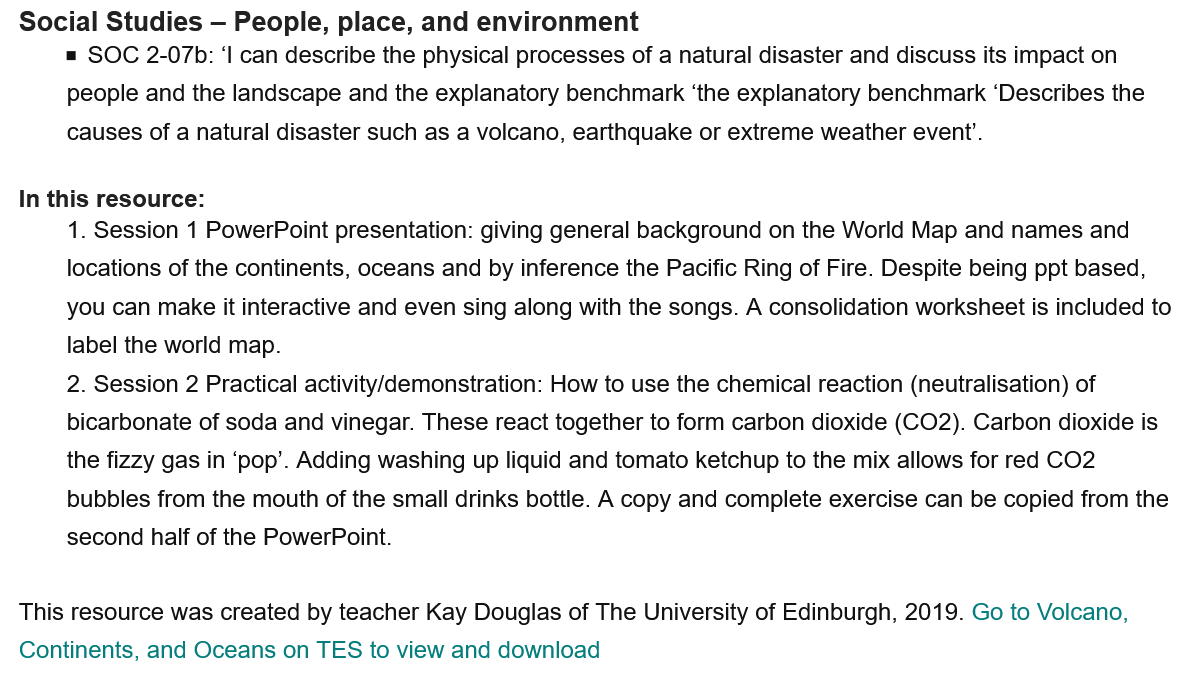
2. Session 2 Practical activity/demonstration: How to use the chemical reaction (neutralisation) of
     bicarbonate of soda and vinegar. These react together to form carbon dioxide (CO2). Carbon dioxide is
     the fizzy gas in ‘pop’. Adding washing up liquid and tomato ketchup to the mix allows for red CO2
     bubbles from the mouth of the small drinks bottle. A copy and complete exercise can be copied from the
     second half of the PowerPoint.
     1. Session 1 PowerPoint presentation: giving general background on the World Map and names and
     locations of the continents, oceans and by inference the Pacific Ring of Fire. Despite being ppt based,
     you can make it interactive and even sing along with the songs. A consolidation worksheet is included to
     label the world map.
     = SOC 2-07b: ‘I can describe the physical processes of a natural disaster and discuss its impact on
     people and the landscape and the explanatory benchmark ‘the explanatory benchmark ‘Describes the
     causes of a natural disaster such as a volcano, earthquake or extreme weather event’.
  This resource was created by teacher Kay Douglas of The University of Edinburgh, 2019. Go to Volcano,
  Continents, and Oceans on TES to view and download
  In this resource:
  Social Studies
     — People, place, and environment